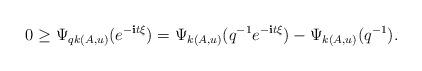
LaTeX: \begin{align*} 0 \geq \Psi_{qk(A,u)}(e^{-\textbf{i}t\xi}) = \Psi_{k(A,u)} (q^{-1} e^{-\textbf{i}t\xi}) - \Psi_{k(A,u)}(q^{-1}) .\end{align*}